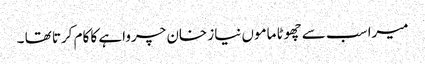
میرا سب سے چھوٹا ماموں نیاز خان چرواہے کا کام کرتا تھا ۔